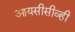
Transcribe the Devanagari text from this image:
आयसीसीव्ही